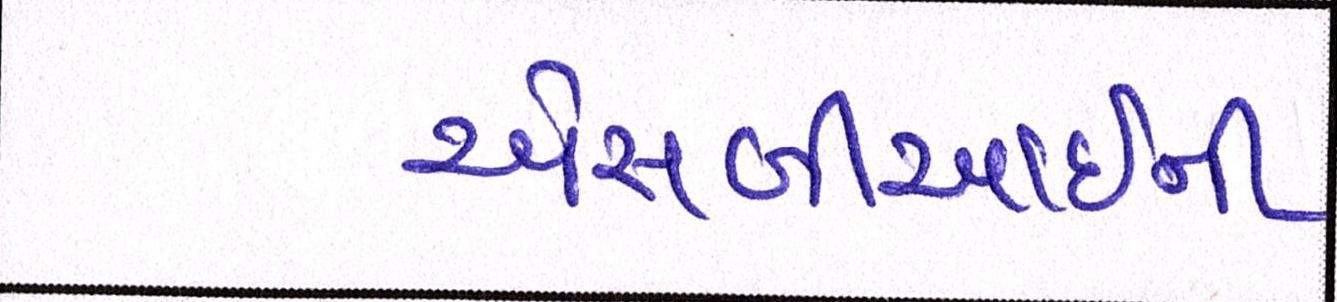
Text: એસબીઆઈની